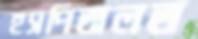
হসপিতালত